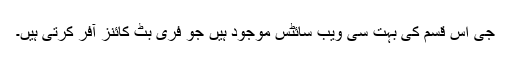
جی اس قسم کی بہت سی ویب سائٹس موجود ہیں جو فری بٹ کائنز آفر کرتی ہیں۔